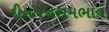
દીનજનસમભાવ